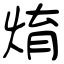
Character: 焴